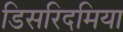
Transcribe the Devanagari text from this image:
डिसरिदमिया